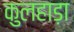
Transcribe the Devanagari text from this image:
कुलहाड़ा